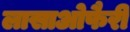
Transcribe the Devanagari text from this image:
लासाओफैरी